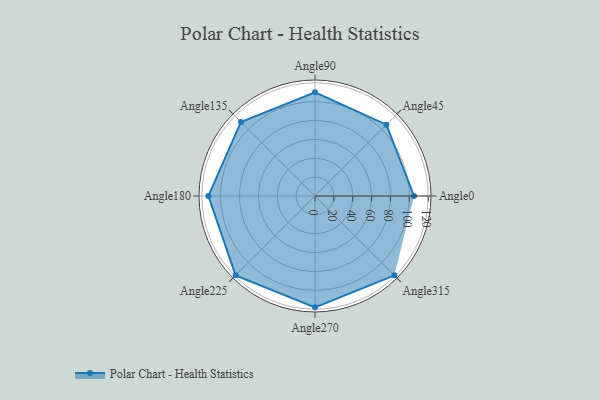
{"axis": {"x": "Angle", "y": "Radius"}, "legend": [""], "data": [{"x": "Angle0", "y": 105.0, "type": ""}, {"x": "Angle45", "y": 107.0, "type": ""}, {"x": "Angle90", "y": 110.0, "type": ""}, {"x": "Angle135", "y": 111.0, "type": ""}, {"x": "Angle180", "y": 113.0, "type": ""}, {"x": "Angle225", "y": 119.0, "type": ""}, {"x": "Angle270", "y": 118.0, "type": ""}, {"x": "Angle315", "y": 119.0, "type": ""}]}